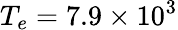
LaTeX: T_{e}=7.9\times 10^{3}